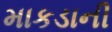
માકડાની